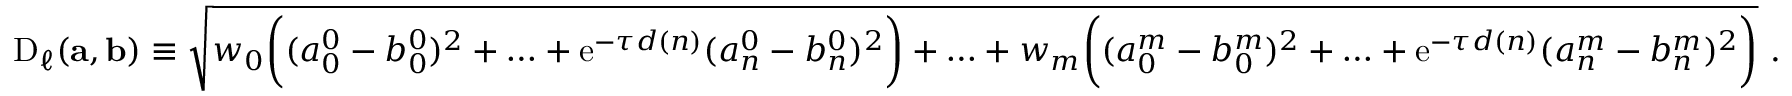
\begin{array} { r } { \mathrm { D } _ { \ell } ( \mathbf { a } , \mathbf { b } ) \equiv \sqrt { w _ { 0 } \biggl ( ( a _ { 0 } ^ { 0 } - b _ { 0 } ^ { 0 } ) ^ { 2 } + \ldots + \mathrm { e } ^ { - \tau d ( n ) } ( a _ { n } ^ { 0 } - b _ { n } ^ { 0 } ) ^ { 2 } \biggr ) + \ldots + w _ { m } \biggl ( ( a _ { 0 } ^ { m } - b _ { 0 } ^ { m } ) ^ { 2 } + \ldots + \mathrm { e } ^ { - \tau d ( n ) } ( a _ { n } ^ { m } - b _ { n } ^ { m } ) ^ { 2 } \biggr ) } ~ . } \end{array}